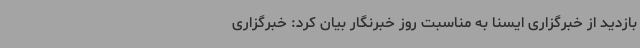
بازدید از خبرگزاری ایسنا به مناسبت روز خبرنگار بیان کرد: خبرگزاری